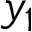
y _ { 1 }